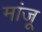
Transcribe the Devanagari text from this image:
मांजू